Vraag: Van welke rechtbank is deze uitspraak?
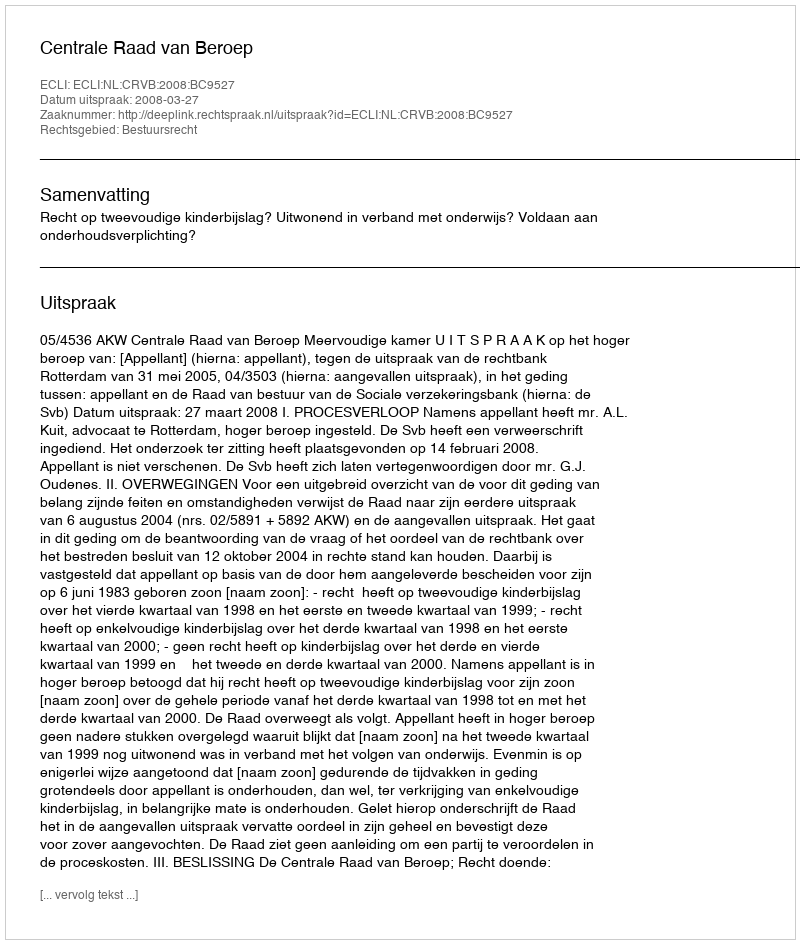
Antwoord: Centrale Raad van Beroep